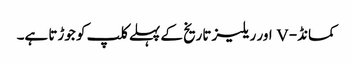
کمانڈ- V اور ریلیز تاریخ کے پہلے کلپ کو جوڑتا ہے۔